Indian journal of veterinary science and animal husbandry - Volumes 22-23, 1952-1953
Year: 1952
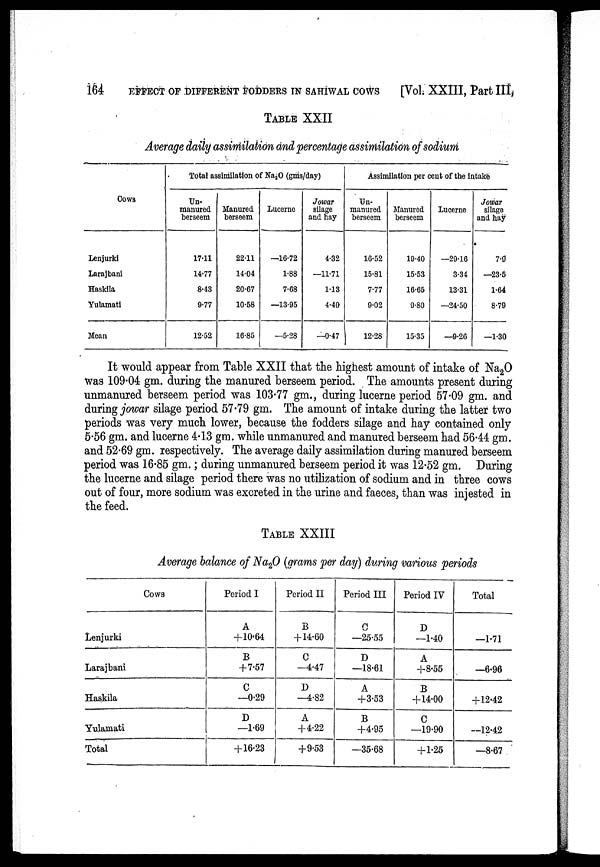
164
EFFECT OF DIFFERENT FODDERS IN SAHIWAL COWS
[Vol. XXIII, Part III,
TABLE XXII
Average daily assimilation and percentage assimilation of sodium
Cows
Lenjurki
Larajbani
Haskila
Yulamati
Mean
Total assimilation of Na 2 O (gms/day)
Un-
manured
berseem
17.11
14.77
8.43
9.77
12.52
Manured
berseem
22.11
14.04
20.67
10.58
16.85
Lucerne
—16.72
1.88
7.68
—13.95
—5.28
Jowar
silage
and hay
4.32
—11.71
1.13
4.40
—0.47
Assimilation per cent of the intake
Un-
manured
berseem
16.52
15.81
7.77
9.02
12.28
Manured
berseem
19.40
15.53
16.65
9.80
15.35
Lucerne
—29.16
3.34
13.31
—24.50
—9.26
Jowar
silage
and hay
7.9
—23.5
1.64
8.79
—1.30
It would appear from Table XXII that the highest amount of intake of Na 2 O
was 109.04 gm. during the manured berseem period. The amounts present during
unmanured berseem period was 103.77 gm., during lucerne period 57.09 gm. and
during jowar silage period 57.79 gm. The amount of intake during the latter two
periods was very much lower, because the fodders silage and hay contained only
5.56 gm. and lucerne 4.13 gm. while unmanured and manured berseem had 56.44 gm.
and 52.69 gm. respectively. The average daily assimilation during manured berseem
period was 16.85 gm.; during unmanured berseem period it was 12.52 gm. During
the lucerne and silage period there was no utilization of sodium and in three cows
out of four, more sodium was excreted in the urine and faeces, than was injested in
the feed.
TABLE XXIII
Average balance of Na 2 O (grams per day) during various periods
Cows
Lenjurki
Larajbani
Haskila
Yulamati
Total
Period I
A
+ 10.64
B
+7.57
C
—0.29
D
—1.69
+ 16.23
Period II
B
+ 14.60
C
—4.47
D
—4.82
A
+ 4.22
+9.53
Period III
C
—25.55
D
—18.61
A
+3.53
B
+4.95
—35.68
Period IV
D
—1.40
A
+8.55
B
+ 14.00
C
—19.90
+1.25
Total
—1.71
—6.96
+ 12.42
—12.42
—8.67